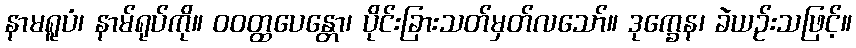
နာမရူပံ၊ နာမ်ရုပ်ကို။ ဝဝတ္ထပေန္တော၊ ပိုင်းခြားသတ်မှတ်လသော်။ ဒုက္ခေန၊ ခဲယဉ်းသဖြင့်။